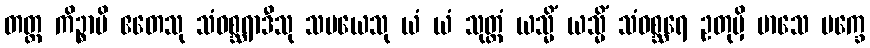
တတ္ထ ကိဉ္စာပိ ဧတေသု သံဝစ္ဆရာဒီသု သမယေသု ယံ ယံ သုတ္တံ ယသ္မိံ ယသ္မိံ သံဝစ္ဆရေ ဥတုမှိ မာသေ ပက္ခေ